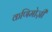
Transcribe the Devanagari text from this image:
कणिमोज़ी